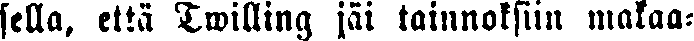
sella, että Twilling jäi tainnoksiin makaa-